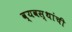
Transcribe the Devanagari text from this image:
व्यवस्थांची